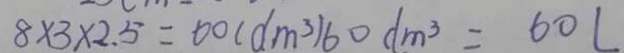
8 \times 3 \times 2 . 5 = 6 0 ( d m ^ { 3 } ) 6 0 d m ^ { 3 } = 6 0 L